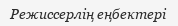
Режиссерлің еңбектері